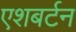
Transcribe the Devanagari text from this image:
एशबर्टन